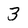
Character: 3